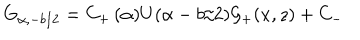
G _ { \alpha , - b / 2 } = C _ { + } \, ( \alpha ) U ( \alpha - b / 2 ) { \mathcal { G } } _ { + } ( x , z ) + C _ { - }